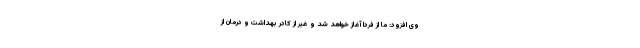
وی افزود: ما از فردا آغاز خواهد شد و غیر از کادر بهداشت و درمان از